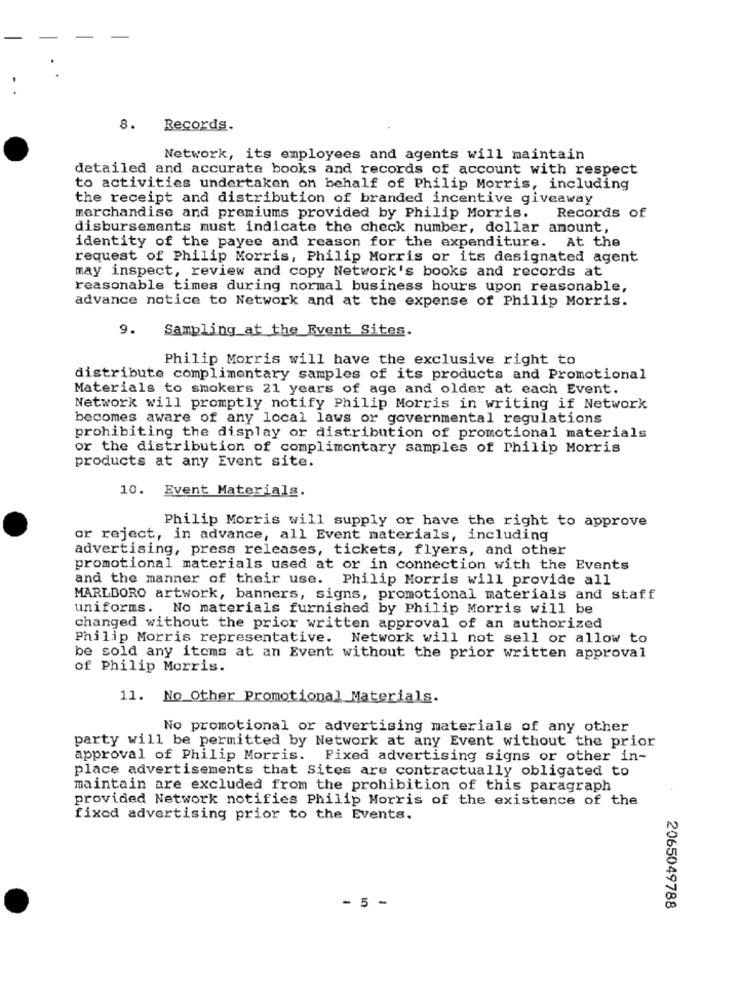
8.
Records.
Network, its employees and agents will maintain
detailed and accurate books and records of account with respect
to activities undertaken on behalf of Philip Morris, including
the receipt and distribution of branded incentive giveaway
merchandise and premiums provided by Philip Morris.
Records of
disbursements must indicate the check number, dollar amount,
identity of the payee and reason for the expenditure. At the
request of Philip Morris, Philip Morris or its designated agent
may inspect, review and copy Network's books and records at
reasonable times during normal business hours upon reasonable,
advance notice to Network and at the expense of Philip Morris.
9.
Sampling at the Event Sites.
Philip Morris will have the exclusive right to
distribute complimentary samples of its products and Promotional
Materials to smokers 21 years of age and older at each Event.
Network will promptly notify Philip Morris in writing if Network
becomes aware of any local laws or governmental regulations
prohibiting the display or distribution of promotional materials
or the distribution of complimentary samples of Philip Morris
products at any Event site.
10. Event Materials.
Philip Morris will supply or have the right to approve
or reject, in advance, all Event materials, including
advertising, press releases, tickets, flyers, and other
promotional materials used at or in connection with the Events
and the manner of their use. Philip Morris will provide all
MARLBORO artwork, banners, signs, promotional materials and staff
uniforms. No materials furnished by Philip Morris will be
changed without the prior written approval of an authorized
Philip Morris representative. Network will not sell or allow to
be sold any items at an Event without the prior written approval
of Philip Morris.
11. No Other Promotional Materials.
No promotional or advertising materials of any other
party will be permitted by Network at any Event without the prior
approval of Philip Morris. Fixed advertising signs or other in-
place advertisements that Sites are contractually obligated to
maintain are excluded from the prohibition of this paragraph
provided Network notifies Philip Morris of the existence of the
fixed advertising prior to the Events.
- 5 -
2065049788